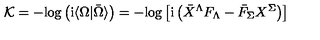
{ \cal K } = - \mathrm { l o g } \left( \mathrm { i } \langle \Omega \vert \bar { \Omega } \rangle \right) = - \mathrm { l o g } \left[ \mathrm { i } \left( { \bar { X } } ^ { \Lambda } F _ { \Lambda } - { \bar { F } } _ { \Sigma } X ^ { \Sigma } \right) \right]